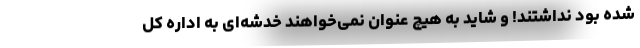
شده بود نداشتند! و شاید به هیچ عنوان نمی‌خواهند خدشه‌ای به اداره کل